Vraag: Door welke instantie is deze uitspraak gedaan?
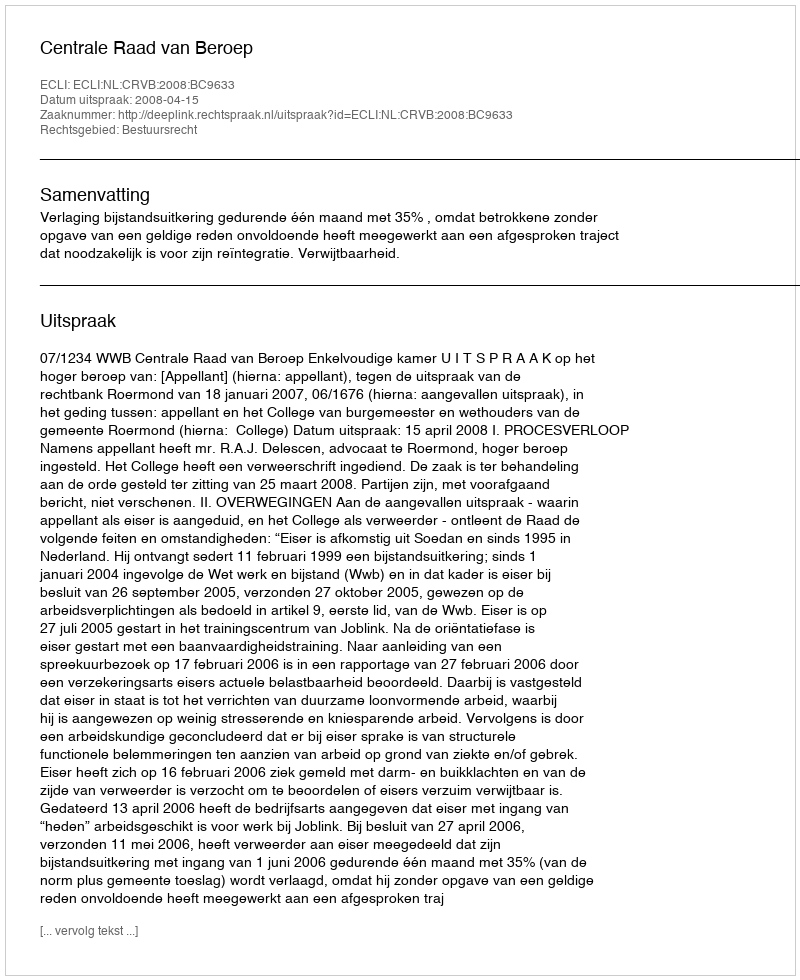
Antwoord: Centrale Raad van Beroep